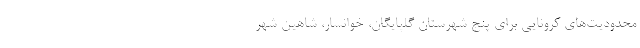
محدودیت‌های کرونایی برای پنج شهرستان گلپایگان، خوانسار، شاهین ‌شهر